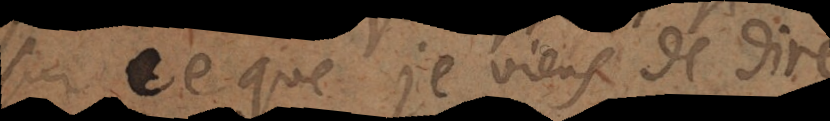
sur ce que je viens de dire,